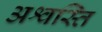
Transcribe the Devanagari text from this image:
अश्वस्ति